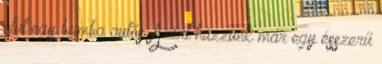
elüt egy bamba autós. Azért húzzunk már egy ésszerű